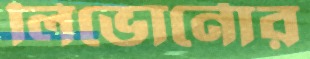
লিভোর্নোর